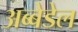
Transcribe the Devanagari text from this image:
अब्बेडेल